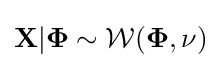
{\mathbf {X} }|\mathbf {\Phi } \sim {\mathcal {W}}({\mathbf {\Phi } },\nu )